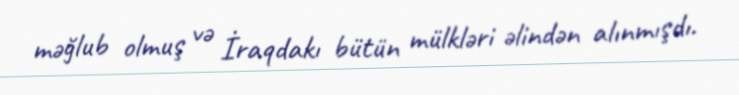
məğlub olmuş və İraqdakı bütün mülkləri əlindən alınmışdı.